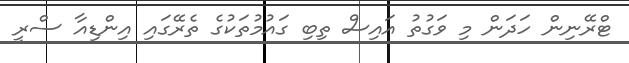
ޓްރޭނިން ހަދަން މި ވަގުތު އައިސް ތިބި ގައުމުތަކުގެ ތެރޭގައި އިންޑިއާ ސްރީ